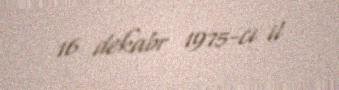
16 dekabr 1975-ci il